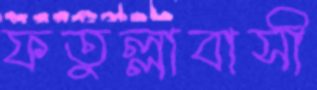
ফতুল্লাবাসী